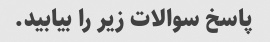
پاسخ سوالات زیر را بیابید.